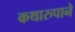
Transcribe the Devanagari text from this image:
कथारुपाने